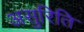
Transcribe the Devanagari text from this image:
असुरिति